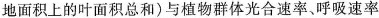
地面积上的叶面积总和)与植物群体光合速率、呼吸速率